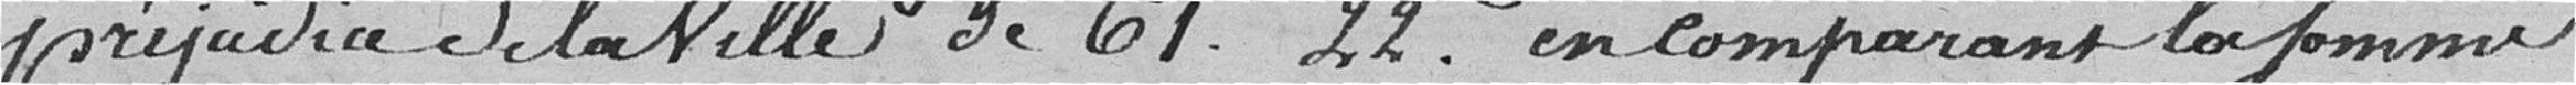
préjudice de la Ville de 61 francs 22 centimes, en comparant la somme